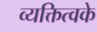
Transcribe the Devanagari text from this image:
व्यक्तित्वके